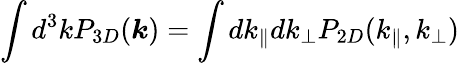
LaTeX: \int d^{3}kP_{3D}(\boldsymbol{k})=\int dk_{\parallel}dk_{\perp}P_{2D}(k_{\parallel},k_{\perp})